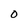
Character: O